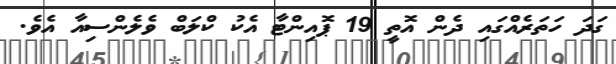
ގަދަ ހަތަރެއްގައި ދެން އޮތީ 19 ޕޮއިންޓާ އެކު ކްލަބް ވެލެންސިއާ އެވެ.